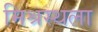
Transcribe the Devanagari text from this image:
मिश्रस्थला